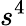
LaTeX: s^{4}